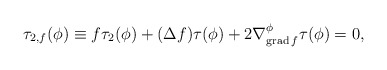
\begin{align*} \tau_{2,f} (\phi)\equiv f\tau_2(\phi)+(\Delta f)\tau(\phi)+2\nabla^{\phi}_{{\rm grad}\, f}\tau(\phi)=0,\end{align*}